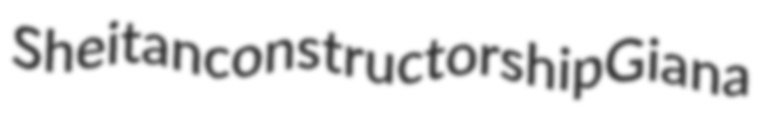
Sheitan constructorship Giana